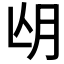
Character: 𣍢